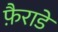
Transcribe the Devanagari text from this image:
फ़ैराडे